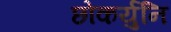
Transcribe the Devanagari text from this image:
छोकर्युनि